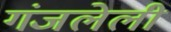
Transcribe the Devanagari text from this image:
गंजलेली